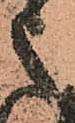
之